Vaccination United Provinces of Agra and Oudh 1914-1922 - 1914-1922
Year: 1914
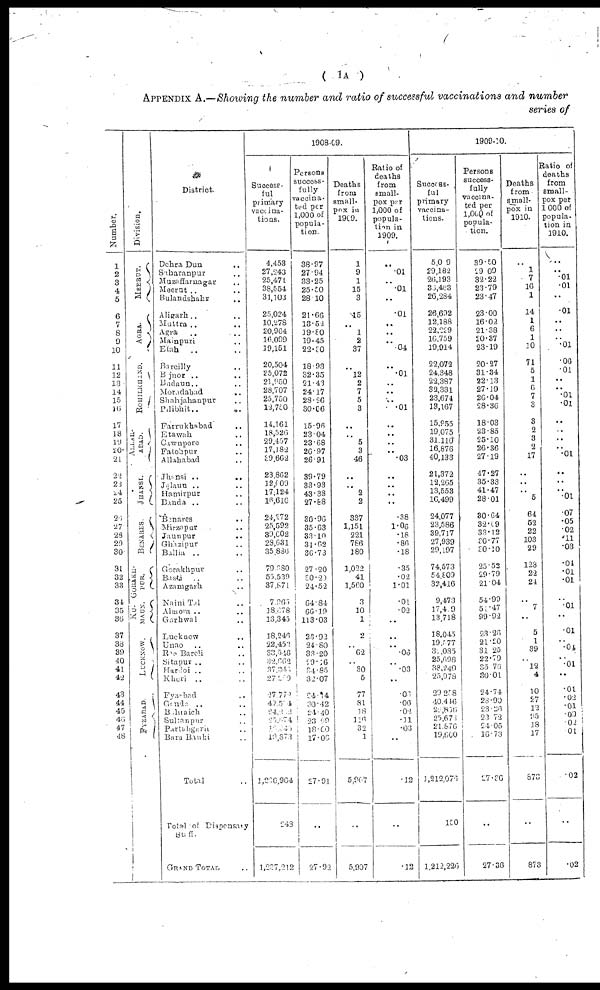
( 1A )
APPENDIX A.—Showing the number and ratio of successful vaccinations and number
series of
Number.
1
2
3
4
5
6
7
8
9
10
11
12
13
14
15
16
17
18
19
20
21
22
23
24
25
26
27
28
29
30
31
32
33
34
35
36
37
38
39
40
41
42
43
44
45
46
47
48
Division.
MEERUT.
AGRA
ROHILKHAND.
ALLAH¬
ABAD.
JHANSI.
BENARES .
GORAKH¬
PUR.
KU¬
MAUN.
LUCKNOW.
FYZABAD.
District.
Dehra Dun ..
Saharanpur ..
Muzaffarnagar ..
Meerut .. ..
Bulandshahr ..
Aligarh.. ..
Muttra .. ..
Agra .. ..
Mainpuri ..
Etah
.. ..
Bareilly ..
Bijnor ..
..
Bulaun..
Moradabad ..
Shahjahanpur ..
Pilibhit.. .. ..
Farrukhabad ..
Etawah ..
Cawnpore ..
Fatehpur ..
Allahabad ..
Jhansi ..
..
Jalaun .. ..
Hamirpur ..
Banda ..
Benares ..
Mirzapur ..
Jaunpur ..
Ghazipur ..
Ballia .. ..
Gorakhpur ..
Basti
.. ..
Azamgarh ..
Naini Tal ..
Almora .. ..
Garhwal ..
Lucknow ..
Unao .. ..
Rae Bareli ..
Sitapur .. ..
Hardoi .. ..
Kheri .. ..
Fyzabad ..
Gonda
.. ..
Bahraich ..
Sultanpur ..
Partabgarh ..
Bara Banki ..
Total ..
Total of Dispensary
Staff.
GRAND TOTAL.
1908-09.
Success-
ful
primary
vaccina-
tions.
4,453
27,243
25,471
38,554
31,103
25,024
10,278
20,964
16,099
19,151
20,504
25,072
21,950
28,707
25,750
12,750
14,161
18,526
29,457
17,182
39,662
23,862
12,609
17,124
16,616
24,272
25,592
39,602
29,631
35,886
79,380
55,539
37,871
7,965
18,678
13,345
18,240
22,452
33,546
32,662
37,346
27,209
27 772
49,504
24,202
25,574
19,245
19,873
1,236,964
243
1,237,212
Persons
success-
fully
vaccina¬
ted per
1,000 of
popula-
tion.
38.97
27.94
33.25
25.50
28.10
21.66
13.52
19.80
19.45
22.30
18.93
32.35
21.43
24.17
28.26
30.06
15.96
23.04
23.68
26.97
26.91
39.79
33.93
43.38
27.88
30.96
35.63
33.10
31.62
36.73
27.20
30.29
24.52
64.84
66.19
113,03
23.92
24.80
33.20
29.16
34. 85
32.07
24.14
30.42
24.40
23.69
18.00
17.06
27.91
..
27.92
Deaths
from
small-
pox in
1909.
1
9
1
15
3
15
..
1
2
37
..
12
2
7
5
3
..
..
5
3
46
..
..
2
2
337
1,151
221
786
180
1,022
41
1,560
3
10
1
2
..
62
..
30
5
77
81
18
116
32
1
5,967
..
5,907
Ratio of
deaths
from
small-
pox per
1,000 of
popula-
tion in
1909.
..
.01
..
.01
..
.01
..
..
..
.04
..
.01
..
..
..
.01
..
..
..
..
.03
..
..
..
..
.38
1.06
.18
.86
.18
.35
.02
1.01
.01
.02
..
..
..
.06
..
.03
..
.03
.06
.02
.11
.03
..
.12
..
.12
1909-10.
Success-
ful
primary
vaccina-
tions.
5,009
29,182
26,193
36,453
26,284
26,692
12,188
22,229
16,759
19,914
22,072
24,348
22,387
32,331
23,674
13,167
15,955
19,075
31,110
16,876
40,133
21,372
12,265
13,553
16,499
24,077
23,586
39,717
27,939
29,197
74,573
54.809
32,416
9,473
17,409
13,718
18,045
19,577
32,085
25,698
38,240
25,978
29,258
40,446
22,856
25,676
21.876
19,600
1,212,076
150
1,212,226
Persons
success-
fully
vaccina-
ted per
1,000 of
popula-
tion.
39.50
29.09
32.22
23.79
23.47
23.00
16.02
21.38
20.37
23.19
20.27
31.34
22.13
27.19
26.04
28.36
18.03
23 .85
25.10
26.36
27.19
47.27
35.33
41.47
28.01
30.64
32.69
33. 12
30.77
30.10
25.52
29.79
21.04
54.99
51.47
99.92
23.26
21.20
31.25
22.79
35.76
30.01
24.74
28.90
23.26
23.72
24.05
16.73
27.36
..
27.36
Deaths
from
small-
pox in
1910.
..
1
7
16
1
14
1
6
1
10
71
5
1
6
7
3
3
2
3
2
17
..
..
..
5
64
52
22
103
29
128
22
24
..
7
..
5
1
39
..
12
4
10
27
12
95
.18
17
873
..
873
Ratio of
deaths
from
small-
pox per
1,000 of
popula-
tion in
1910.
..
..
.01
.01
..
.01
..
..
..
.01
.06
.01
..
..
.01
.01
..
..
..
.. .01
..
..
..
.01
.07
.05
.02
.11
.03
.04
.01
.01
..
.01
..
.01
..
.04
..
.01
..
.01
.02
.01 .09
. 02
.01
.02
..
.02A